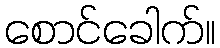
စောင်ခေါက်။